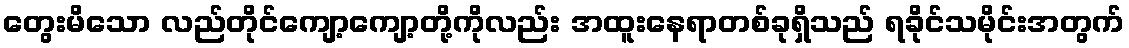
တွေးမိသော လည်တိုင်ကျော့ကျော့တို့ကိုလည်း အထူးနေရာတစ်ခုရှိသည် ရခိုင်သမိုင်းအတွက်